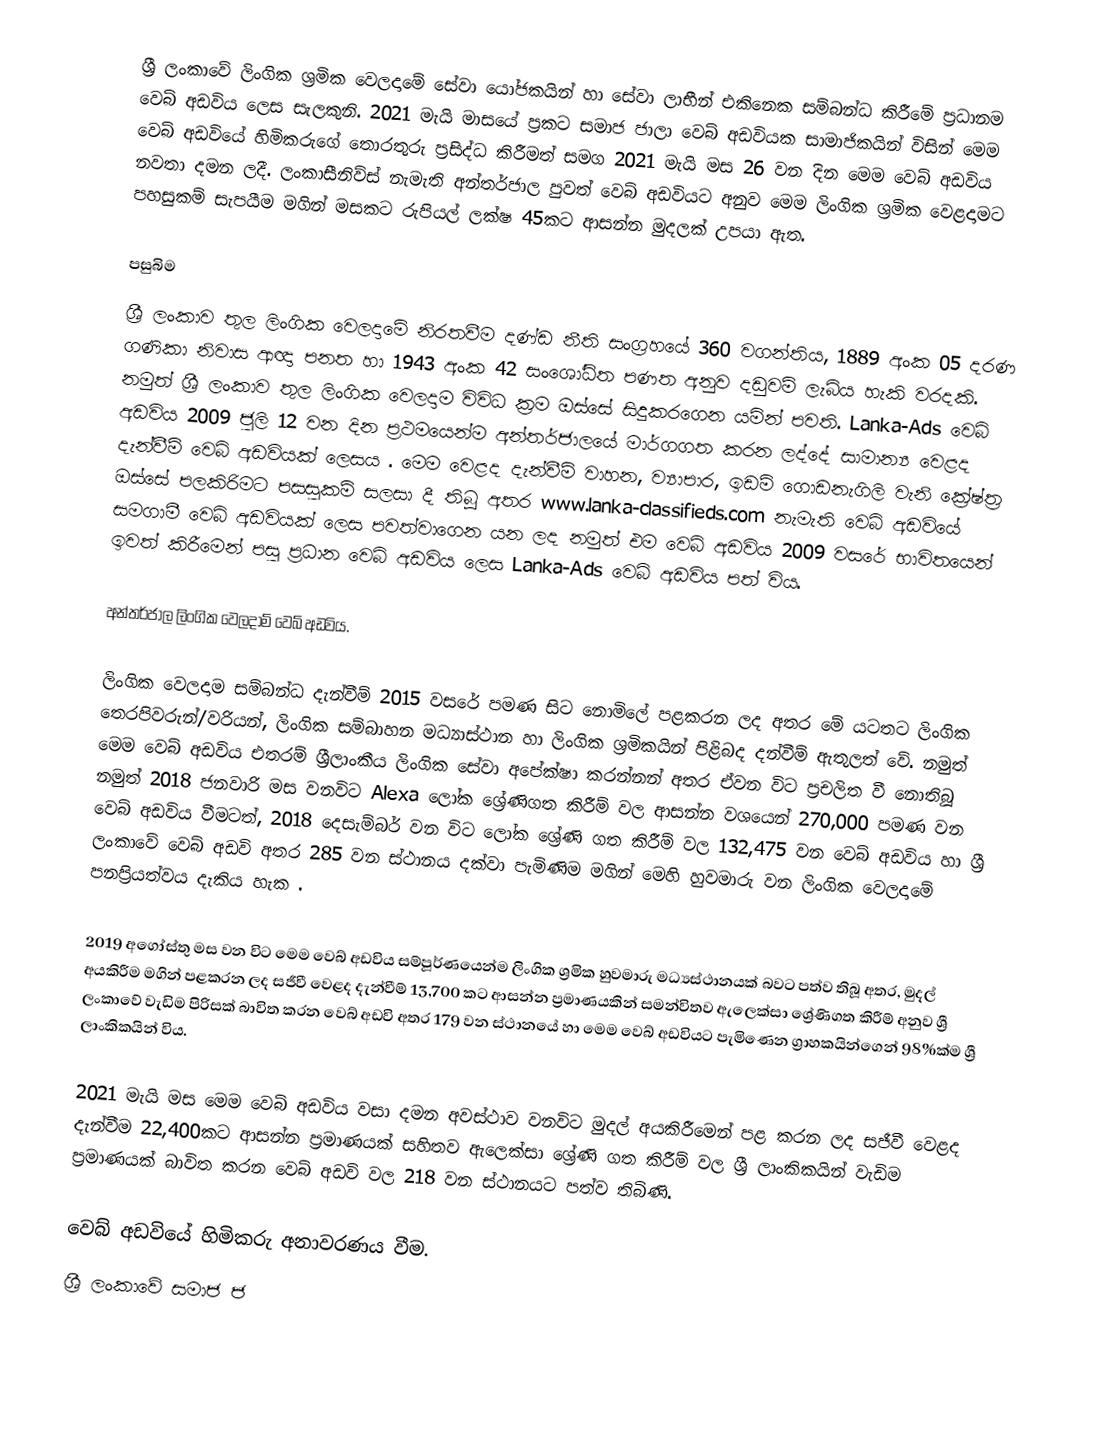
ශ්‍රී ලංකාවේ ලිංගික ශ්‍රමික වෙලදාමේ සේවා යෝජකයින් හා සේවා ලාභීන් එකිනෙක සම්බන්ධ කිරීමේ  ප්‍රධානම වෙබ් අඩවිය ලෙස සැලකුනි. 2021 මැයි මාසයේ ප්‍රකට සමාජ ජාලා වෙබ් අඩවියක සාමාජිකයින් විසින් මෙම වෙබ් අඩවියේ හිමිකරුගේ තොරතුරු ප්‍රසිද්ධ කිරීමත් සමග 2021 මැයි මස 26 වන දින මෙම වෙබ් අඩවිය නවතා දමන ලදී. ලංකාසීනිව්ස් නැමැති අන්තර්ජාල පුවත් වෙබ් අඩවියට අනුව මෙම ලිංගික ශ්‍රමික වෙළදාමට පහසුකම් සැපයීම මගින් මසකට රුපියල් ලක්ෂ 45කට ආසන්න මුදලක් උපයා ඇත.

පසුබිම
ශ්‍රී ලංකාව තුල ලිංගික වෙලදාමේ නිරතවීම දණ්ඩ නීති සංග්‍රහයේ 360 වගන්තිය, 1889 අංක  05 දරණ ගණිකා නිවාස ආඥා පනත හා 1943 අංක 42 සංශෝධිත පණත අනුව දඩුවම් ලැබිය හැකි වරදකි. නමුත් ශ්‍රී ලංකාව තුල ලිංගික වෙලදාම විවිධ ක්‍රම ඔස්සේ සිදුකරගෙන යමින් පවති. Lanka-Ads වෙබ් අඩවිය 2009 ජුලි 12  වන දින  ප්‍රථමයෙන්ම අන්තර්ජාලයේ මාර්ගගත කරන ලද්දේ සාමාන්‍ය වෙළද දැන්වීම් වෙබ් අඩවියක් ලෙසය .  මෙම වෙළද දැන්වීම් වාහන, ව්‍යාපාර, ඉඩම් ගොඩනැගිලි වැනි ක්‍රේෂ්ත්‍ර ඔස්සේ පලකිරිමට පසසුකම් සලසා දී තිබූ අතර www.lanka-classifieds.com නැමැති වෙබ් අඩවියේ සමගාමී වෙබ් අඩවියක් ලෙස පවත්වාගෙන යන ලද  නමුත් එම වෙබ් අඩවිය 2009 වසරේ භාවිතයෙන් ඉවත් කිරීමෙන් පසු  ප්‍රධාන වෙබ් අඩවිය ලෙස Lanka-Ads වෙබ් අඩවිය පත් විය.

අන්තර්ජාල ලිංගික වෙලදාම් වෙබ් අඩවිය.

ලිංගික වෙලදාම සම්බන්ධ දැන්වීම් 2015 වසරේ පමණ සිට නොමිලේ පළකරන ලද අතර මේ යටතට ලිංගික තෙරපිවරුන්/වරියන්, ලිංගික සම්බාහන මධ්‍යාස්ථාන හා ලිංගික ශ්‍රමිකයින් පිළිබද දන්වීම් ඇතුලත් වේ. නමුත් මෙම වෙබ් අඩවිය එතරම් ශ්‍රීලාංකීය ලිංගික සේවා අපේක්ෂා කරන්නන් අතර ඒවන විට ප්‍රචලිත වී නොතිබූ නමුත් 2018 ජනවාරි මස වනවිට Alexa ලෝක ශ්‍රේණිගත කිරීම් වල ආසන්න වශයෙන් 270,000 පමණ වන වෙබ් අඩවිය වීමටත්, 2018 දෙසැම්බර් වන විට ලෝක ශ්‍රේණි ගත කිරීම් වල 132,475 වන වෙබ් අඩවිය හා ශ්‍රී ලංකාවේ වෙබ් අඩවි අතර 285 වන ස්ථානය දක්වා පැමිණිම මගින් මෙහි හුවමාරු වන ලිංගික වෙලදාමේ පනප්‍රියත්වය දැකිය හැක .  

2019 අගෝස්තු මස වන විට මෙම වෙබ් අඩවිය සම්පූර්ණයෙන්ම ලිංගික ශ්‍රමික  හුවමාරු මධ්‍යස්ථානයක් බවට පත්ව තිබූ අතර, මුදල් අයකිරීම මගින් පළකරන ලද සජීවී වෙළද දැන්වීම් 13,700 කට ආසන්න ප්‍රමාණයකින් සමන්විතව  ඇලෙක්සා ශ්‍රේණිගත කිරීම් අනුව ශ්‍රී ලංකාවේ වැඩිම පිරිසක් බාවිත කරන වෙබ් අඩවි අතර 179 වන ස්ථානයේ හා මෙම වෙබ් අඩවියට පැමිණෙන ග්‍රාහකයින්ගෙන් 98%ක්ම ශ්‍රී ලාංකිකයින් විය.

2021 මැයි මස මෙම වෙබ් අඩවිය වසා දමන අවස්ථාව වනවිට මුදල් අයකිරීමෙන් පළ කරන ලද සජීවී වෙළද දැන්වීම 22,400කට ආසන්න ප්‍රමාණයක් සහිතව ඇලෙක්සා ශ්‍රේණි ගත කිරීම් වල  ශ්‍රී ලාංකිකයින් වැඩිම ප්‍රමාණයක් බාවිත කරන වෙබ් අඩවි වල 218 වන ස්ථානයට පත්ව තිබිණි.

වෙබ් අඩවියේ හිමිකරු අනාවරණය වීම.
ශ්‍රී ලංකාවේ සමාජ ජ